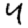
Digit: 4